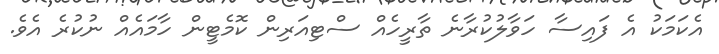
އެކަމަކު އެ ފައިސާ ހަވާލުކުރާނެ ތާރީހެއް ސްޓިއަރިން ކޮމެޓީން ހާމައެއް ނުކުރެ އެވެ.